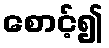
စောင့်၍